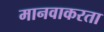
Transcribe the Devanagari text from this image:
मानवाकरता